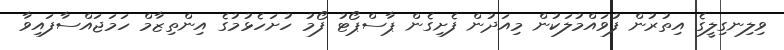
ވިލިނގިލީގެ އިތުރުން ފުވައްމުލަކުން މިއަދުން ފެށިގެން ޕާސްޕޯޓު ފޯމު ހުށަހެޅުމުގެ އިންތިޒާމް ހަމަޖައްސާފައިވާ